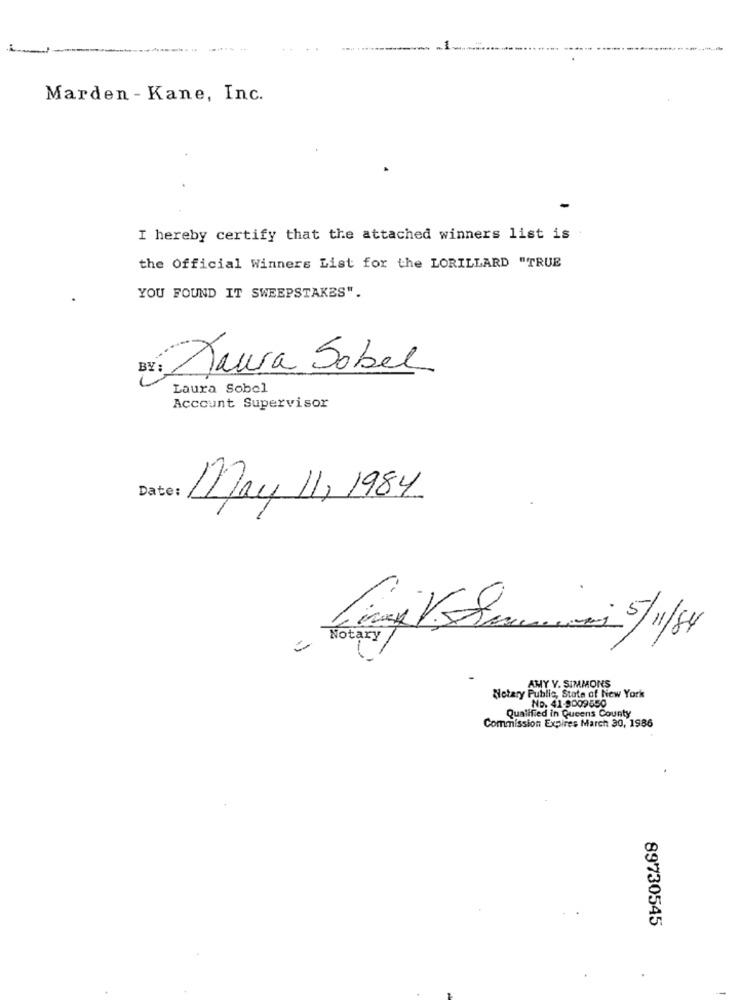
Marden - Kane, Inc.
I hereby certify that the attached winners list is
the Official Winners List for the LORILLARD "TRUE
YOU FOUND IT SWEEPSTAKES".
Maura Sobel
Laura Sobol
Account Supervisor
Date:
May 11, 1984
Livs Som - 5/1/8
AMY V. SIMMONS
Notary Public, State of New York
ND. 41-9009650
Qualified in Queens County
Commission Expires March 30, 1986
89730545